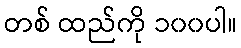
တစ် ထည်ကို ၁၀၀ပါ။